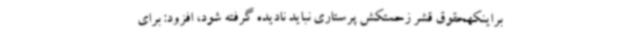
براینکهحقوق قشر زحمتکش پرستاری نباید نادیده گرفته شود، افزود: برای